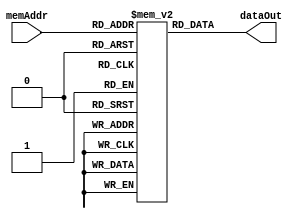
/////////////////////////////////////////////////////////////////////
// Project      : EE577B Spring2016 Gold SoC
// Description  : Instruction Memory For Gold Variable-width Processor 
// Version      : ver1
// Last Modified by : Aditya 
// Update Log   :
//
/////////////////////////////////////////////////////////////////////
`timescale 1ns/10ps

module imem (memAddr, dataOut);
	input  [0:7]   memAddr;   // Memory Read Address (8-bit)
	output [0:31]  dataOut;   // Memory READ Output Data

	// Memory Declaration
	reg [0:31] MEM[0:255];    // 32-wide, 256-deep memory

	// Asynchronous READ Operation
	assign dataOut = MEM[memAddr];
	
endmodule